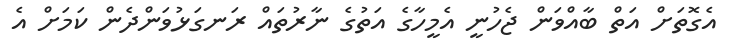
އެގޮތަށް އަތް ބާއްވަން ޖެހުނީ އެމީހާގެ އަތުގެ ނާރުތައް ރަނގަޅުވަންދެން ކަމަށް އެ